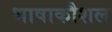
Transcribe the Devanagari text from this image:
भाषाकौशल